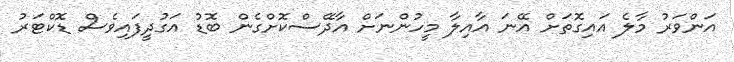
އަންވަރު މާލެ އައިގޮތަށް އޭނަ އާއިލާ މީހުންނަށް އާދޭސްކޮށްގެން ބޮޑު އަގުދީފައިވެސް ޑޮކްޓަރު